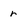
Character: r